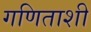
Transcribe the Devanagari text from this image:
गणिताशी